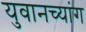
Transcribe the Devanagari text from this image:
युवानच्यांग